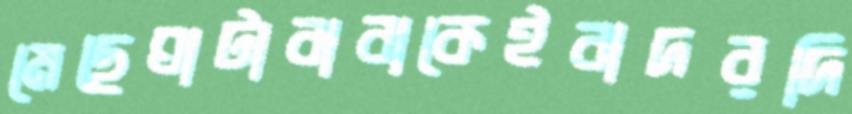
মেছেঘাটাবাবাকেইবাদরদি